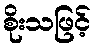
စိုးသဖြင့်